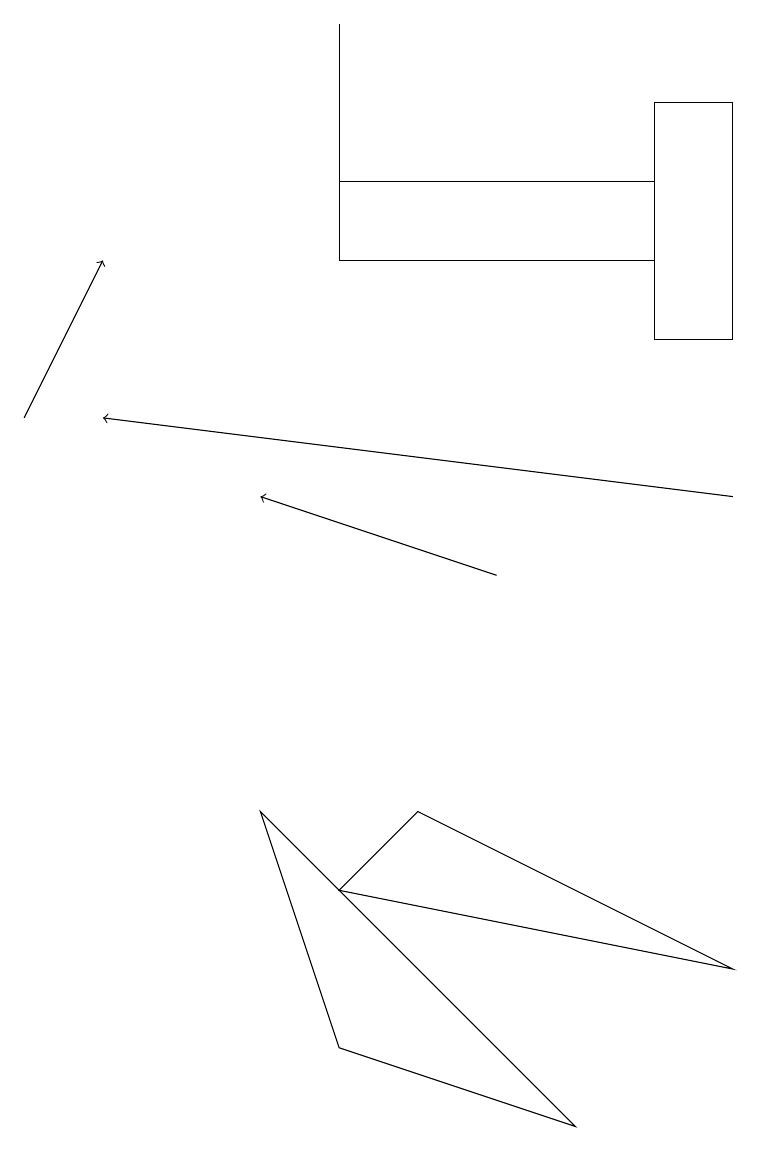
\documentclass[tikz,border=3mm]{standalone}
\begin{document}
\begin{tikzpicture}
\draw (4,14) rectangle (4,17);
\draw[->] (0,12) -- (1,14);
\draw (4,15) rectangle (8,14);
\draw (3,7) -- (7,3) -- (4,4) -- cycle;
\draw[->] (9,11) -- (1,12);
\draw (8,13) rectangle (9,16);
\draw[->] (6,10) -- (3,11);
\draw (5,7) -- (4,6) -- (9,5) -- cycle;
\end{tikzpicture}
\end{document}